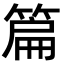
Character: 篇